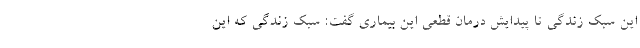
این سبک زندگی تا پیدایش درمان قطعی این بیماری گفت: سبک زندگی که این